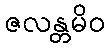
ဇလန္တမိဝ